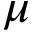
\mu